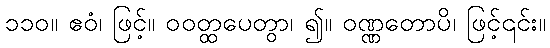
၁၁၀။ ဧဝံ၊ ဖြင့်။ ဝဝတ္ထပေတွာ၊ ၍။ ဝဏ္ဏတောပိ၊ ဖြင့်၎င်း။